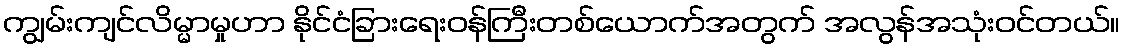
ကျွမ်းကျင်လိမ္မာမှုဟာ နိုင်ငံခြားရေးဝန်ကြီးတစ်ယောက်အတွက် အလွန်အသုံးဝင်တယ်။